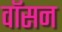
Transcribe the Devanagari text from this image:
वॉसन